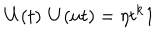
LaTeX: { \bf U } ( t ) \; { \bf U } ( u t ) = \eta t ^ { k } { \bf 1 }